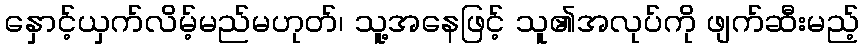
နှောင့်ယှက်လိမ့်မည်မဟုတ်၊ သူ့အနေဖြင့် သူ၏အလုပ်ကို ဖျက်ဆီးမည့်